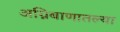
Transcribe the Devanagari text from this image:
अग्निबाणातल्या